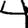
Digit: 4